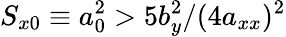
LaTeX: S_{x0}\equiv a_{0}^{2}>5b_{y}^{2}/(4a_{xx})^{2}